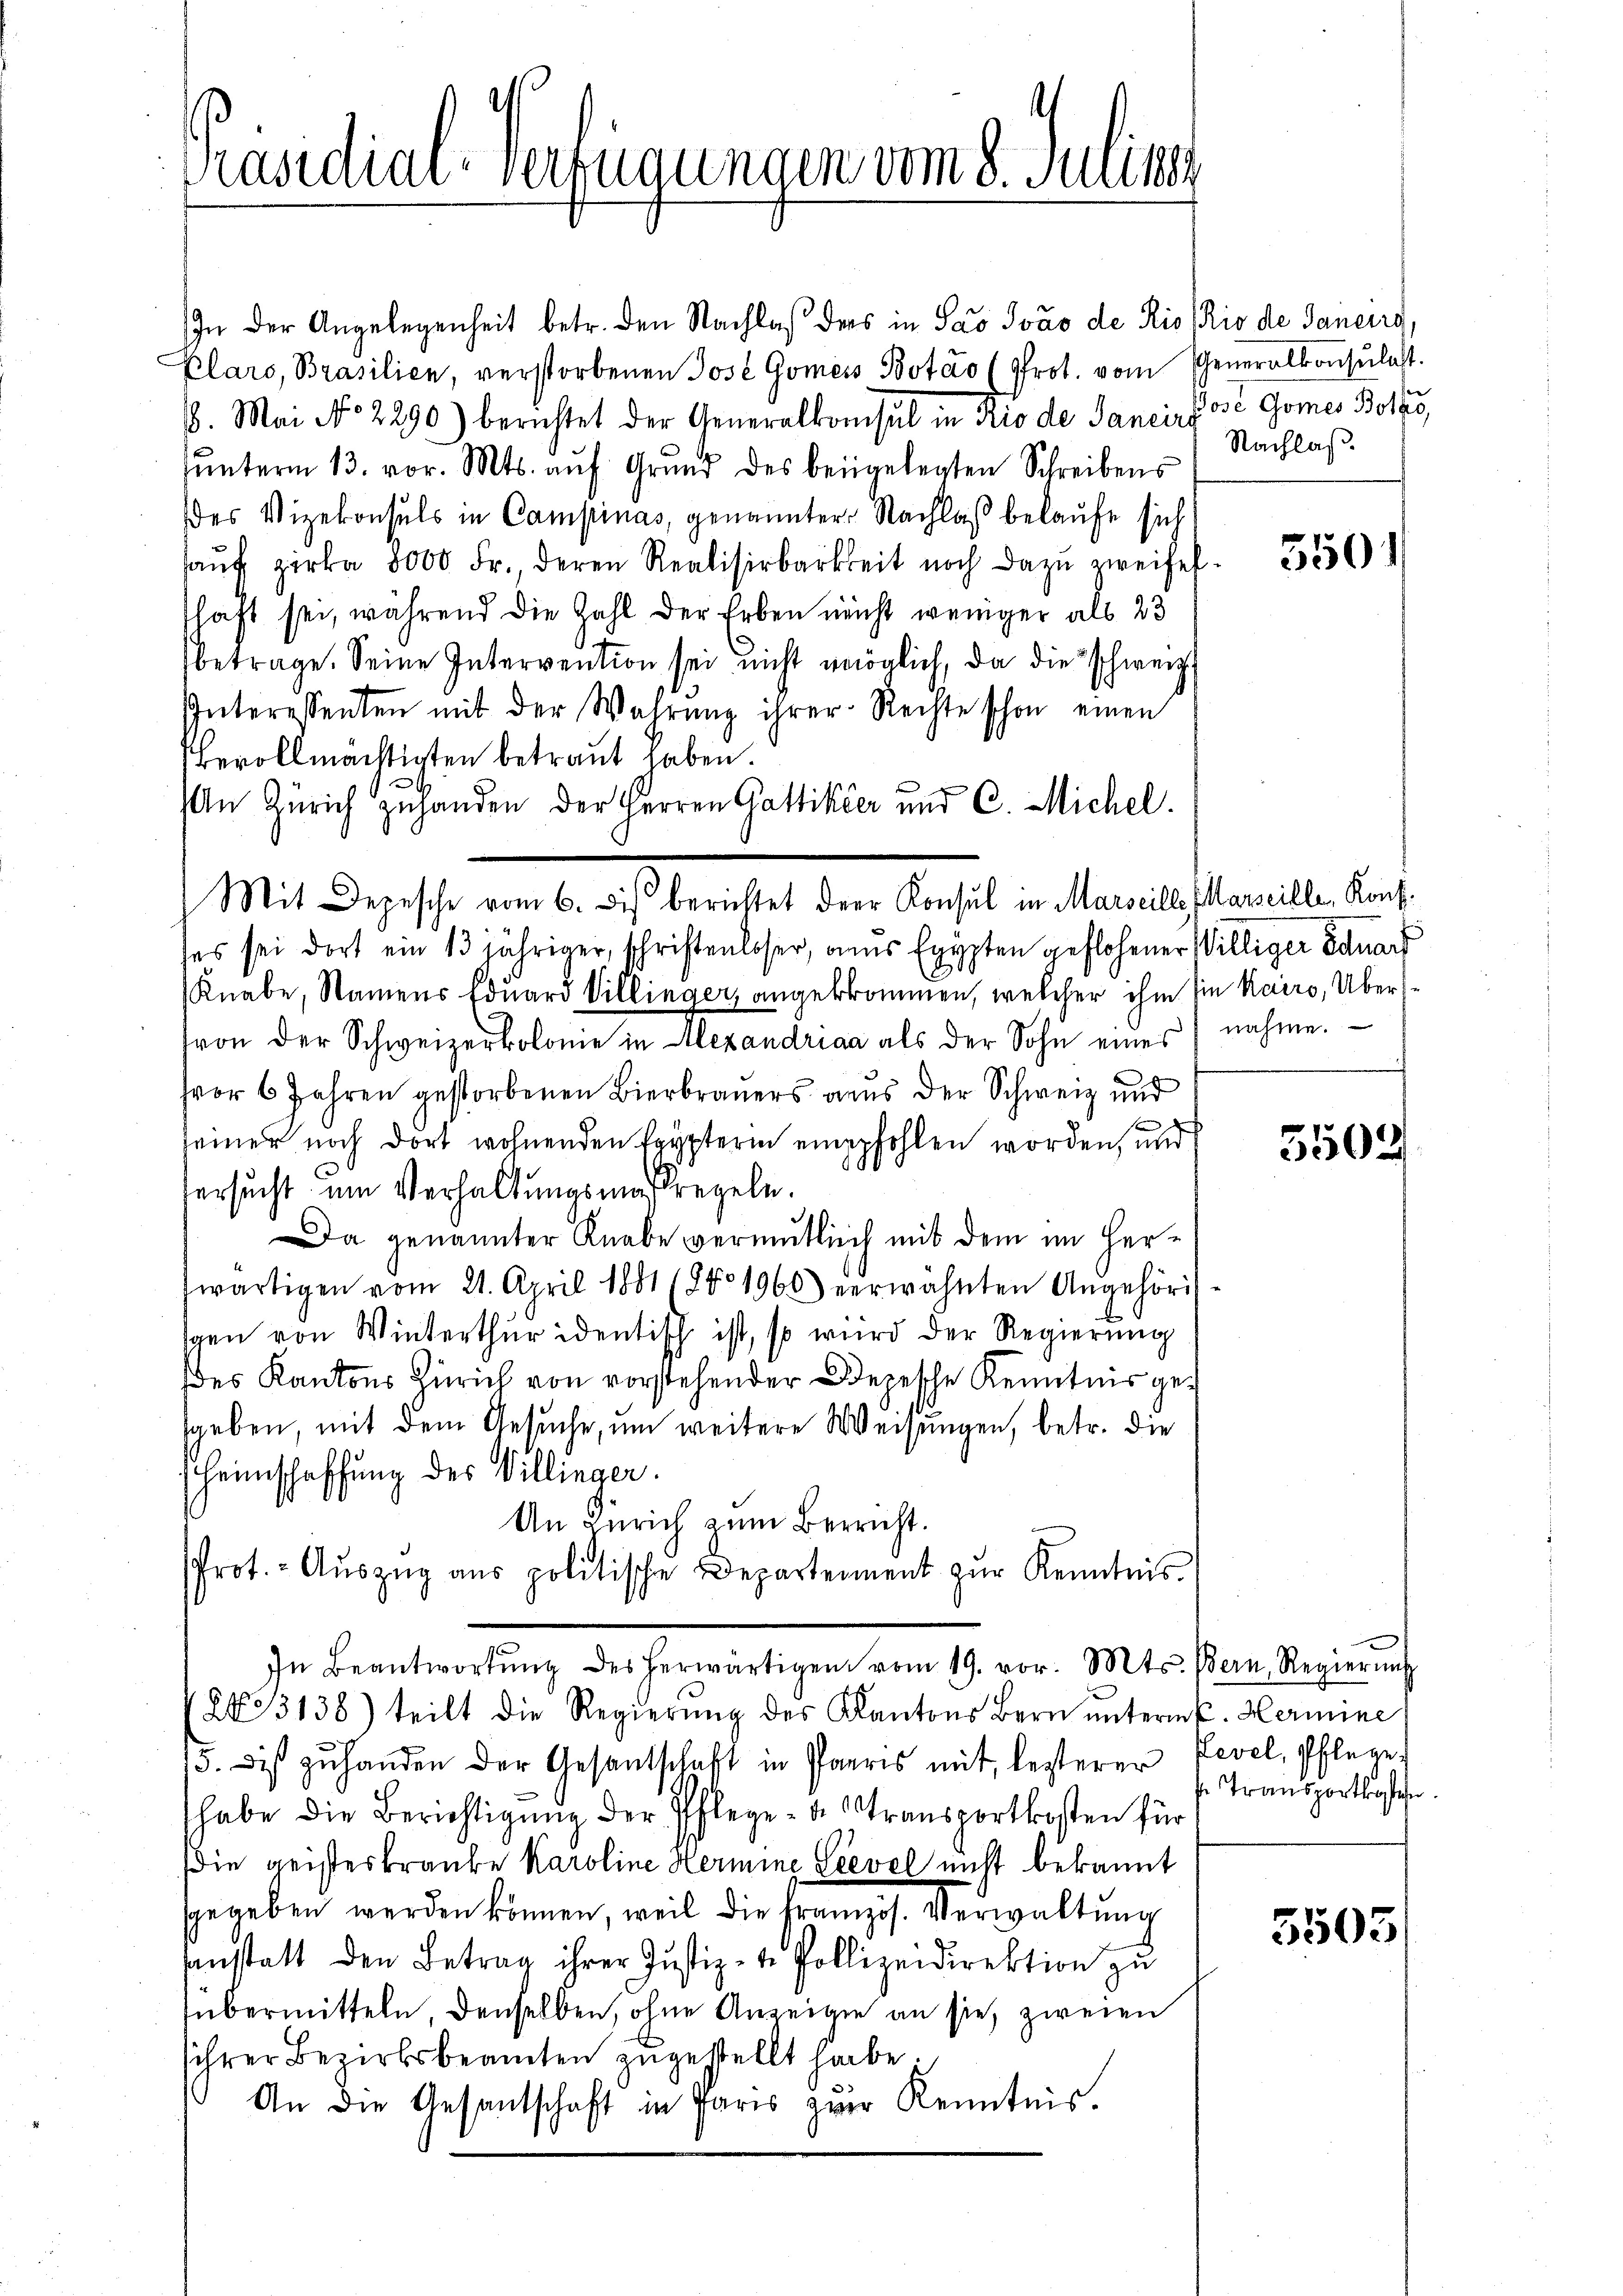
Kandial-Verfügungen vom 8. Julius

In der Angelegenheit betr. den Nachlaß ders in Sao Jovo de Rio (Rio de Janeirg,
Plars, Brasilien, verstorbenen Jose Gomeis Botáo (Prot. vom Generalkonsulat.
18. Mai No 2290) berichtet der Generalkonsul in Rio de Sancirpose Gomes Bolzes,
ŭnterm 13. vor. Mts. aŭf Grŭnd des beigelegten Schreibens
des Vizekonsuls in Campinas, genannter Nachlaß belaufe sich
haŭf zirka 3000 Fr., deren Realisirbarkeit noch dazu zweifelshaft sei, während die Zahl der Erben nicht weniger als 23
betrage. Seine Intervention sei nicht möglich, da die schweiz.
Püteresenten mit der Wahrŭng ihrer Rechte schon einen
bevollmächtigten betraut haben.
s
In Zürich zuhanden der Herren Gattiker und C. Michel.
ses sei dort ein 13 jähriger, schriftenloser, aus Egypten geflohener Williger Eduart
Knabe, Namens Eduard Villinger, angebrommen, welcher ihm sie Kairo, Übervon der Schweizerkolonie in Alexandriaa als der Sohn eines nahme.
fvor 6 Jahren gestorbenen Bierbrauers aus der Schweiz und
seiner noch dort wohnenden Leypterin empfohlen worden, und
ersucht um Verhaltungsmaßregeln.
Da genannter Knabe vermutlich mit dem im Herfwärtigen vom 21. April 1881 1880 1965) verwähnten Angehöri
igen von Winterthur identisch ist, so wird der Regierung
des Kantons Zürich von vorstehender Depesche Kenntnis gesgeben, mit dem Gesuche, um weitere Weisungen, betr. die
heimschaffung des Villinger.
An Zürich zum Berricht.
Prot. - Aŭszŭg aŭs politische Departement zŭr Kenntnis
In Beantwortŭng des herwärtigen vom 19. vor. Mts. Bern, Regierŭng
23138) teilt die Regierŭng des Kantons Bern unterm 6. Hermine
5. dis zuhanden der Gesantschaft in Paris mit, lezterer Zevel, Pflege
habe die Berichtigung der Pflege des Transportkosten für
(die geisteskranke Karoline Hermine Seevel nicht bekannt
sgegeben werden können, weil die Französ. Verwaltung
anstatt den Betrag ihrer Justiz-te Pollizeidirektion zu
übermitteln, denselben, ohne Anzeigen an sie zweien
ihrer Bezirksbeamten zugestellt habe.
An die Gesantschaft in Paris zwar Kenntnis.

Mit Depesche vom 6. dis berichtet der Konsul in Marseille (Marseille, Konf

Nachlaß.

3501

5502

Transportkosten.

5503